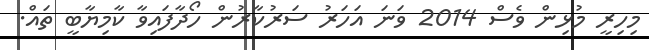
މިހިރީ މުޅިން ވެސް 2014 ވަނަ އަހަރު ސަރުކާރުން ހޯދާފައިވާ ކާމިޔާބީ ތައް.